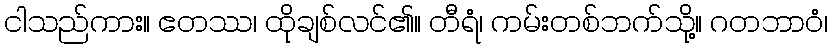
ငါသည်ကား။ ဧတဿ၊ ထိုချစ်လင်၏။ တီရံ၊ ကမ်းတစ်ဘက်သို့။ ဂတဘာဝံ၊